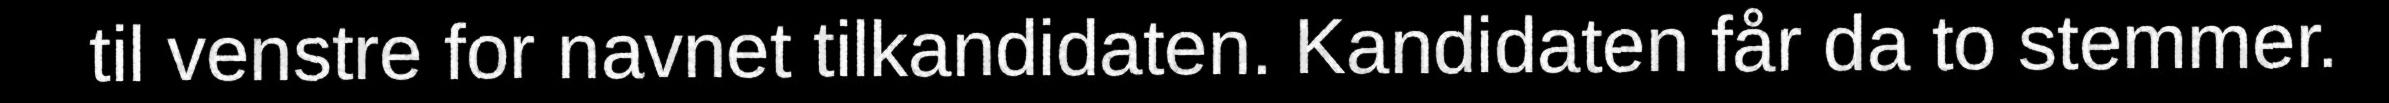
til venstre for navnet tilkandidaten. Kandidaten får da to stemmer.